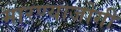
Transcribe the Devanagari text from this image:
मारण्याजोगी